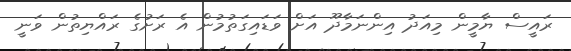
ރައީސް ޔާމީން މިއަދު އިންނަމާދޫ އަށް ވަޑައިގަތުމުން އެ ރަށުގެ ރައްޔިތުން ވަނީ